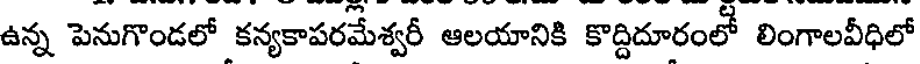
ఉన్న పెనుగొండలో కన్యకాపరమేశ్వరీ ఆలయానికి కొద్దిదూరంలో లింగాలవీధిలో